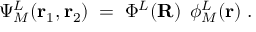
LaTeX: \Psi _ { M } ^ { L } ( { \bf r } _ { 1 } , { \bf r } _ { 2 } ) \; = \; \Phi ^ { L } ( { \bf R } ) \; \, \phi _ { M } ^ { L } ( { \bf r } ) \; .